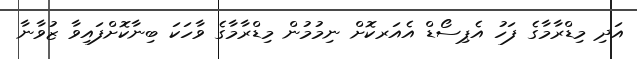
އަދި މިޑްރާމާގެ ފަހު އެޕިސޯޑް އެއަރކޮށް ނިމުމުން މިޑްރާމާގެ ވާހަކަ ބިނާކޮށްފައިވާ ޒުވާނާ